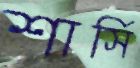
শার্সি